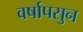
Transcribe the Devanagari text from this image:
वर्षापसुन